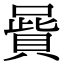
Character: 𠽷